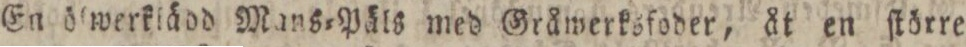
En ölwerkiädd Mans=Päls med Gråwerksfoder, åt en ſtörre